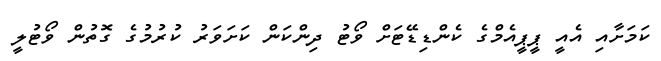
ކަމަށާއި އެއީ ޕީޕީއެމްގެ ކެންޑިޑޭޓަށް ވޯޓު ދިންކަން ކަށަވަރު ކުރުމުގެ ގޮތުން ވޯޓުލީ